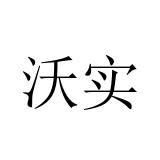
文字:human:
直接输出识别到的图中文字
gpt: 沃实